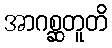
အာဂစ္ဆတူတိ